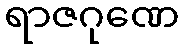
ရာဇဂုဏေ